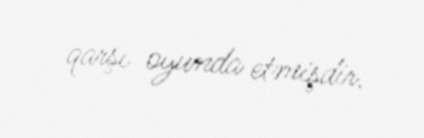
qarşı oyunda etmişdir.